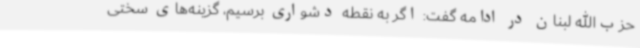
حزب‌الله لبنان در ادامه گفت: اگر به نقطه دشواری برسیم، گزینه‌های سختی